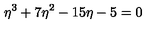
\eta ^ { 3 } + 7 \eta ^ { 2 } - 1 5 \eta - 5 = 0